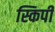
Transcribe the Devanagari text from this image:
स्किपी